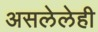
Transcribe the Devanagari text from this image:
असलेलेही